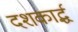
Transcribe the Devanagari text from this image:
दशकार्द्ध